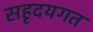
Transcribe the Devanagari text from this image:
सहृदयगत